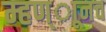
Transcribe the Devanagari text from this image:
म्हण्ाूनच